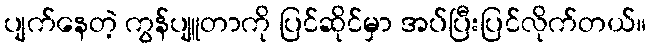
ပျက်နေတဲ့ ကွန်ပျူတာကို ပြင်ဆိုင်မှာ အပ်ပြီးပြင်လိုက်တယ်။